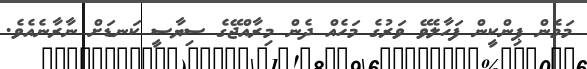
މަމެން ޕިންކީން ފަހާލެވޭ ވަރުގެ މަހެއް ދެން މިރާއްޖޭގެ ސިޔާސީ ކަނޑަށް ނާރާނެއެވެ.